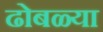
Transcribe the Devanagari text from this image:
ढोबळ्या